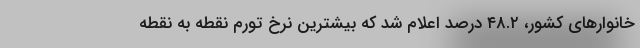
خانوارهای کشور، ٤٨.٢ درصد اعلام شد که بیشترین نرخ تورم نقطه به نقطه